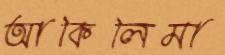
আকিলিমা